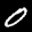
Label: 0